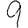
Digit: 9